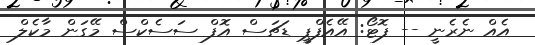
އެއް ނެރެނީ -- ފޮޓޯ: އޭއެފްޕީ ޑަޗަސް އޮފް ސަސެކްސް މޭގަން މާކެލް